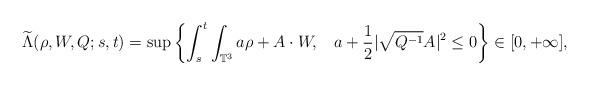
LaTeX: \begin{align*}\widetilde{\Lambda}(\rho,W,Q;s,t)=\sup\left\{\int_s^t\int_{\mathbb{T}^3} a\rho+A\cdot W,\;\;\;a+\frac{1}{2}|\sqrt{Q^{-1}}A|^2\leq 0\right\}\in [0,+\infty],\end{align*}